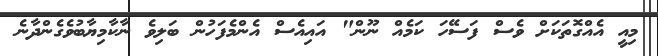
މިއީ އެއްގޮތަކަށް ވެސް ފަސޭހަ ކަމެއް ނޫން" އައިއެސް އެންމެފަހުން ބަލިވެ ނާކާމިޔާބުވެގެންދާނެ